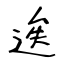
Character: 逘